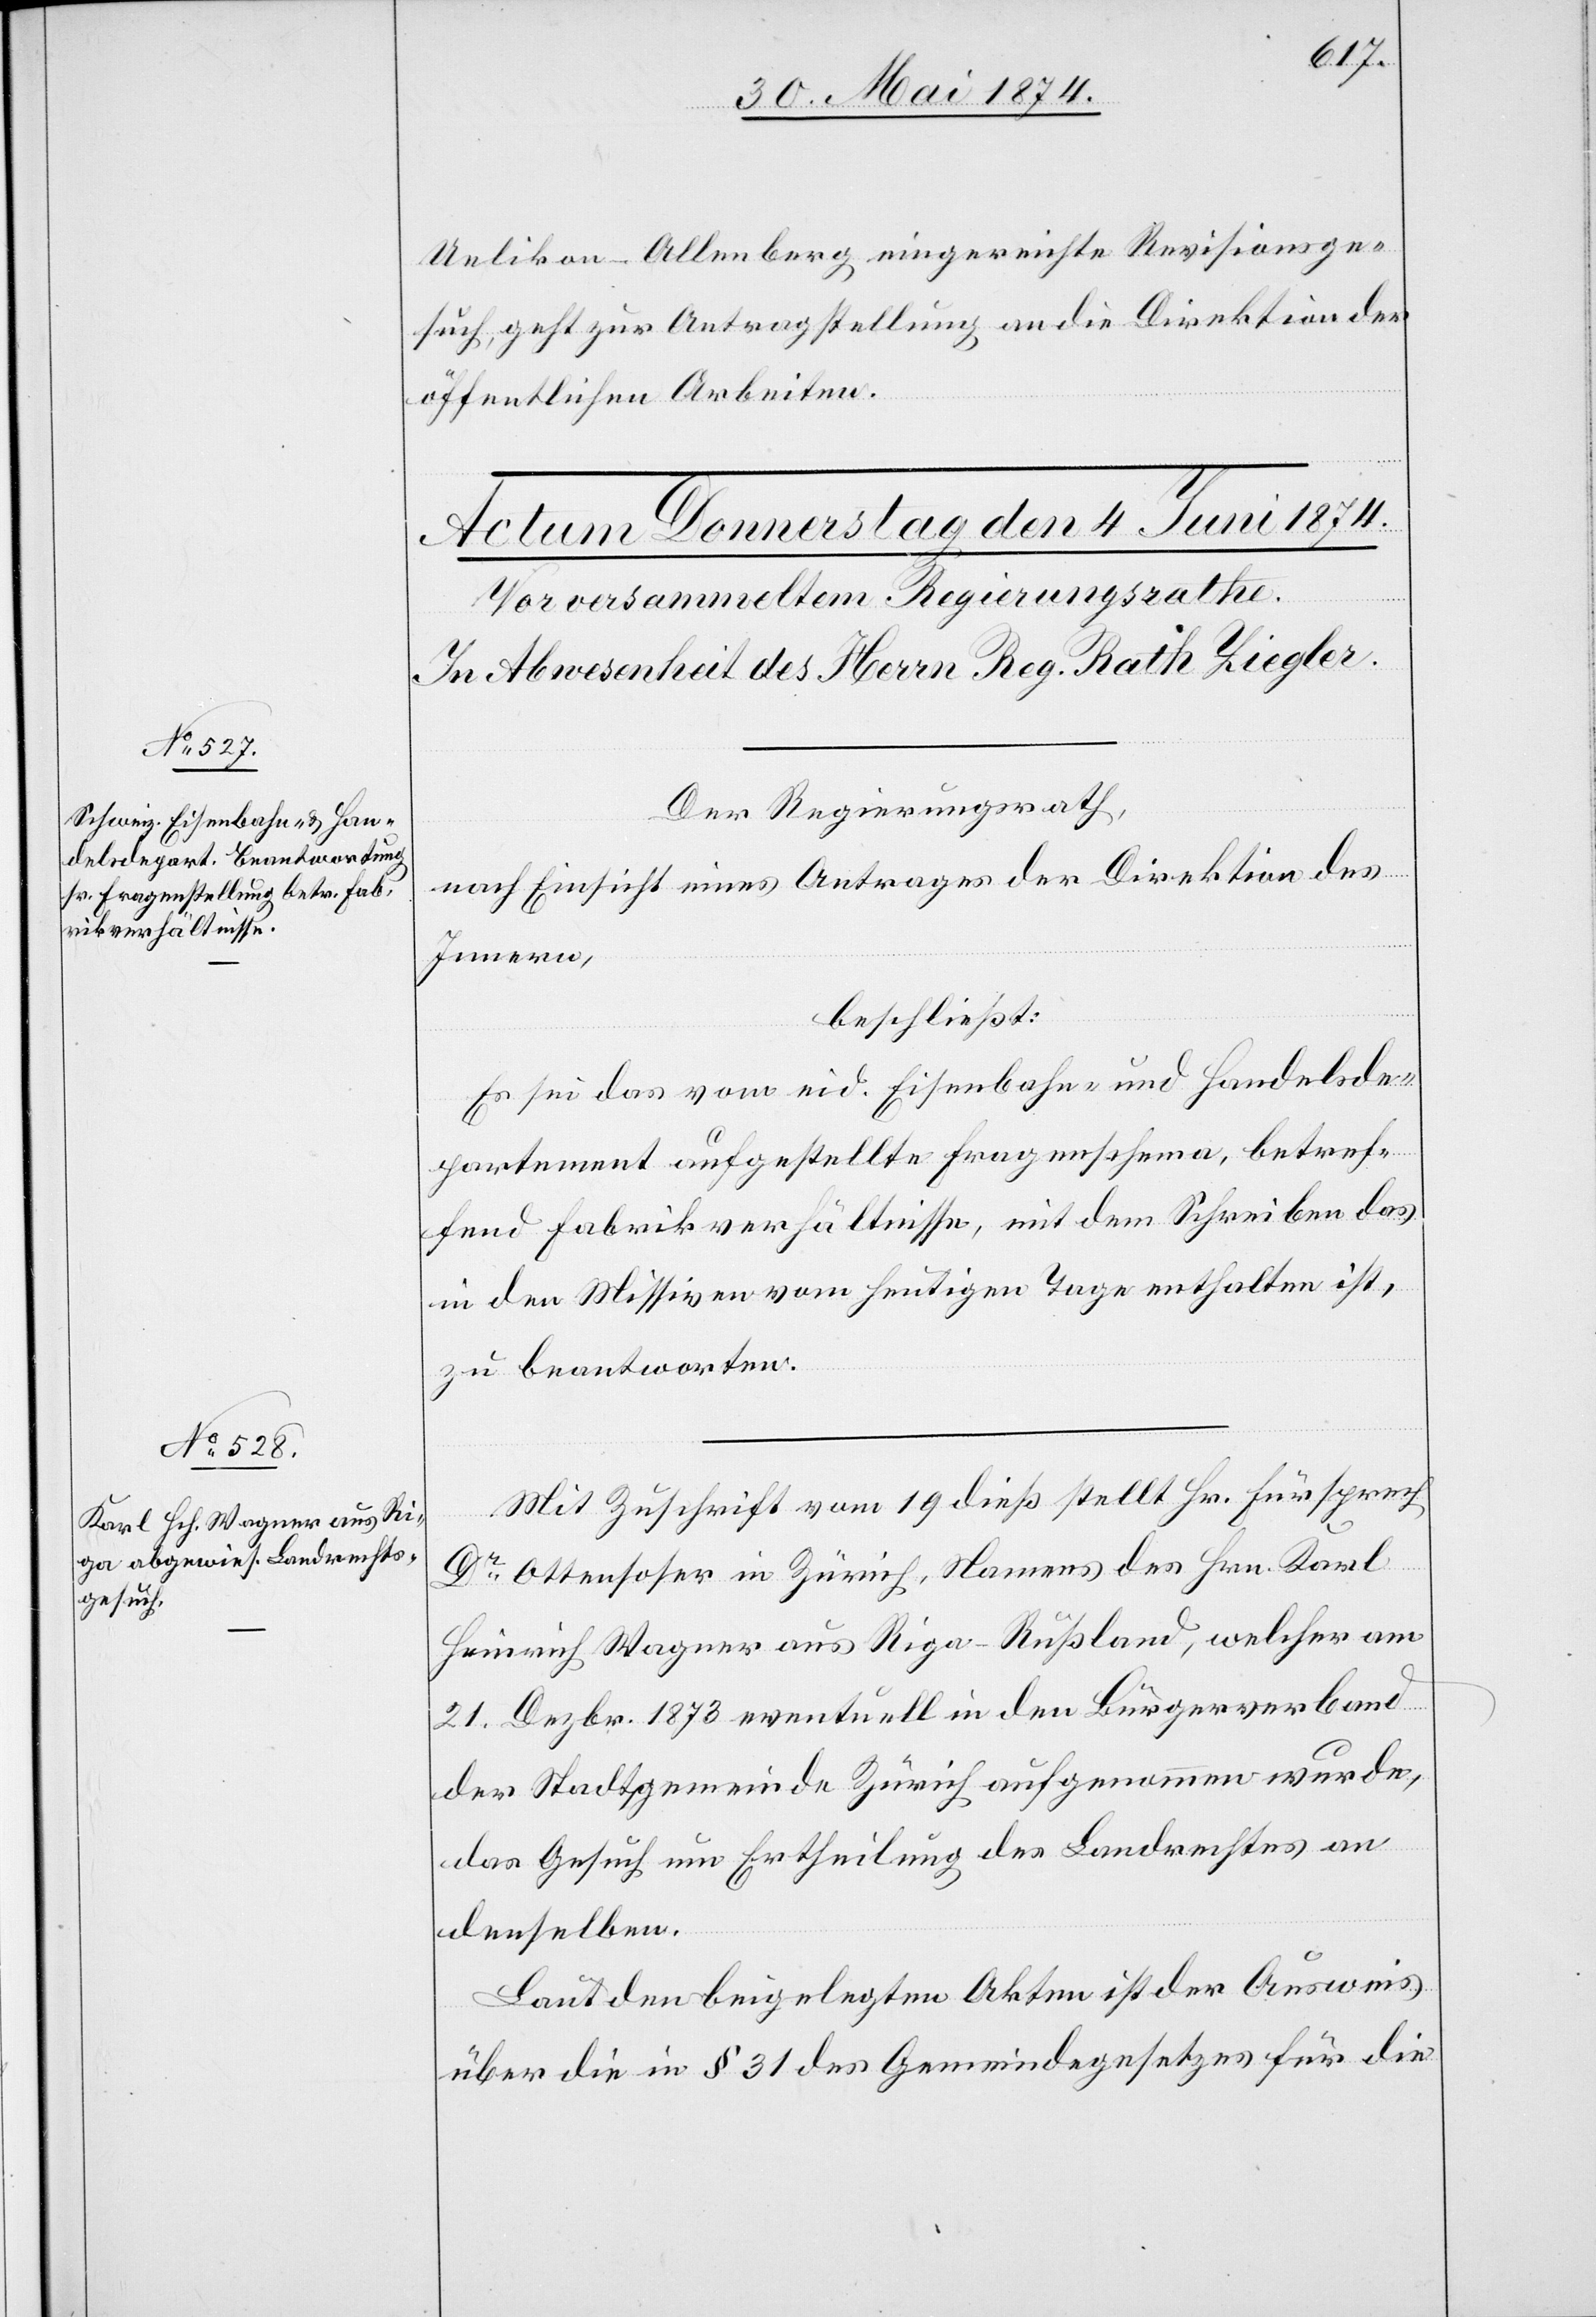
Uelikon-Allenberg eingereichte Revisionsge¬
such, geht zur Antragstellung an die Direktion der
öffentlichen Arbeiten.
Der Regierungsrath,
nach Einsicht eines Antrages der Direktion des
Innern,
beschließt:
Es sei das vom eid. Eisenbahn- und Handelsde¬
partement aufgestellte Fragenschema, betref¬
fend Fabrikverhältnisse, mit dem Schreiben das
in den Missiven vom heutigen Tage enthalten ist,
zu beantworten.
Mit Zuschrift vom 19. dieß stellt Hr. Fürsprech
Dr Ottensoser in Zürich, Namens des Hrn. Karl
Heinrich Wagner aus Riga-Rußland, welcher am
21. Dezbr. 1873 eventuell in den Bürgerverband
der Stadtgemeinde Zürich aufgenommen wurde,
das Gesuch um Ertheilung des Landrechtes an
denselben.
Laut den beigelegten Akten ist der Ausweis
über die in § 31 des Gemeindegesetzes für die